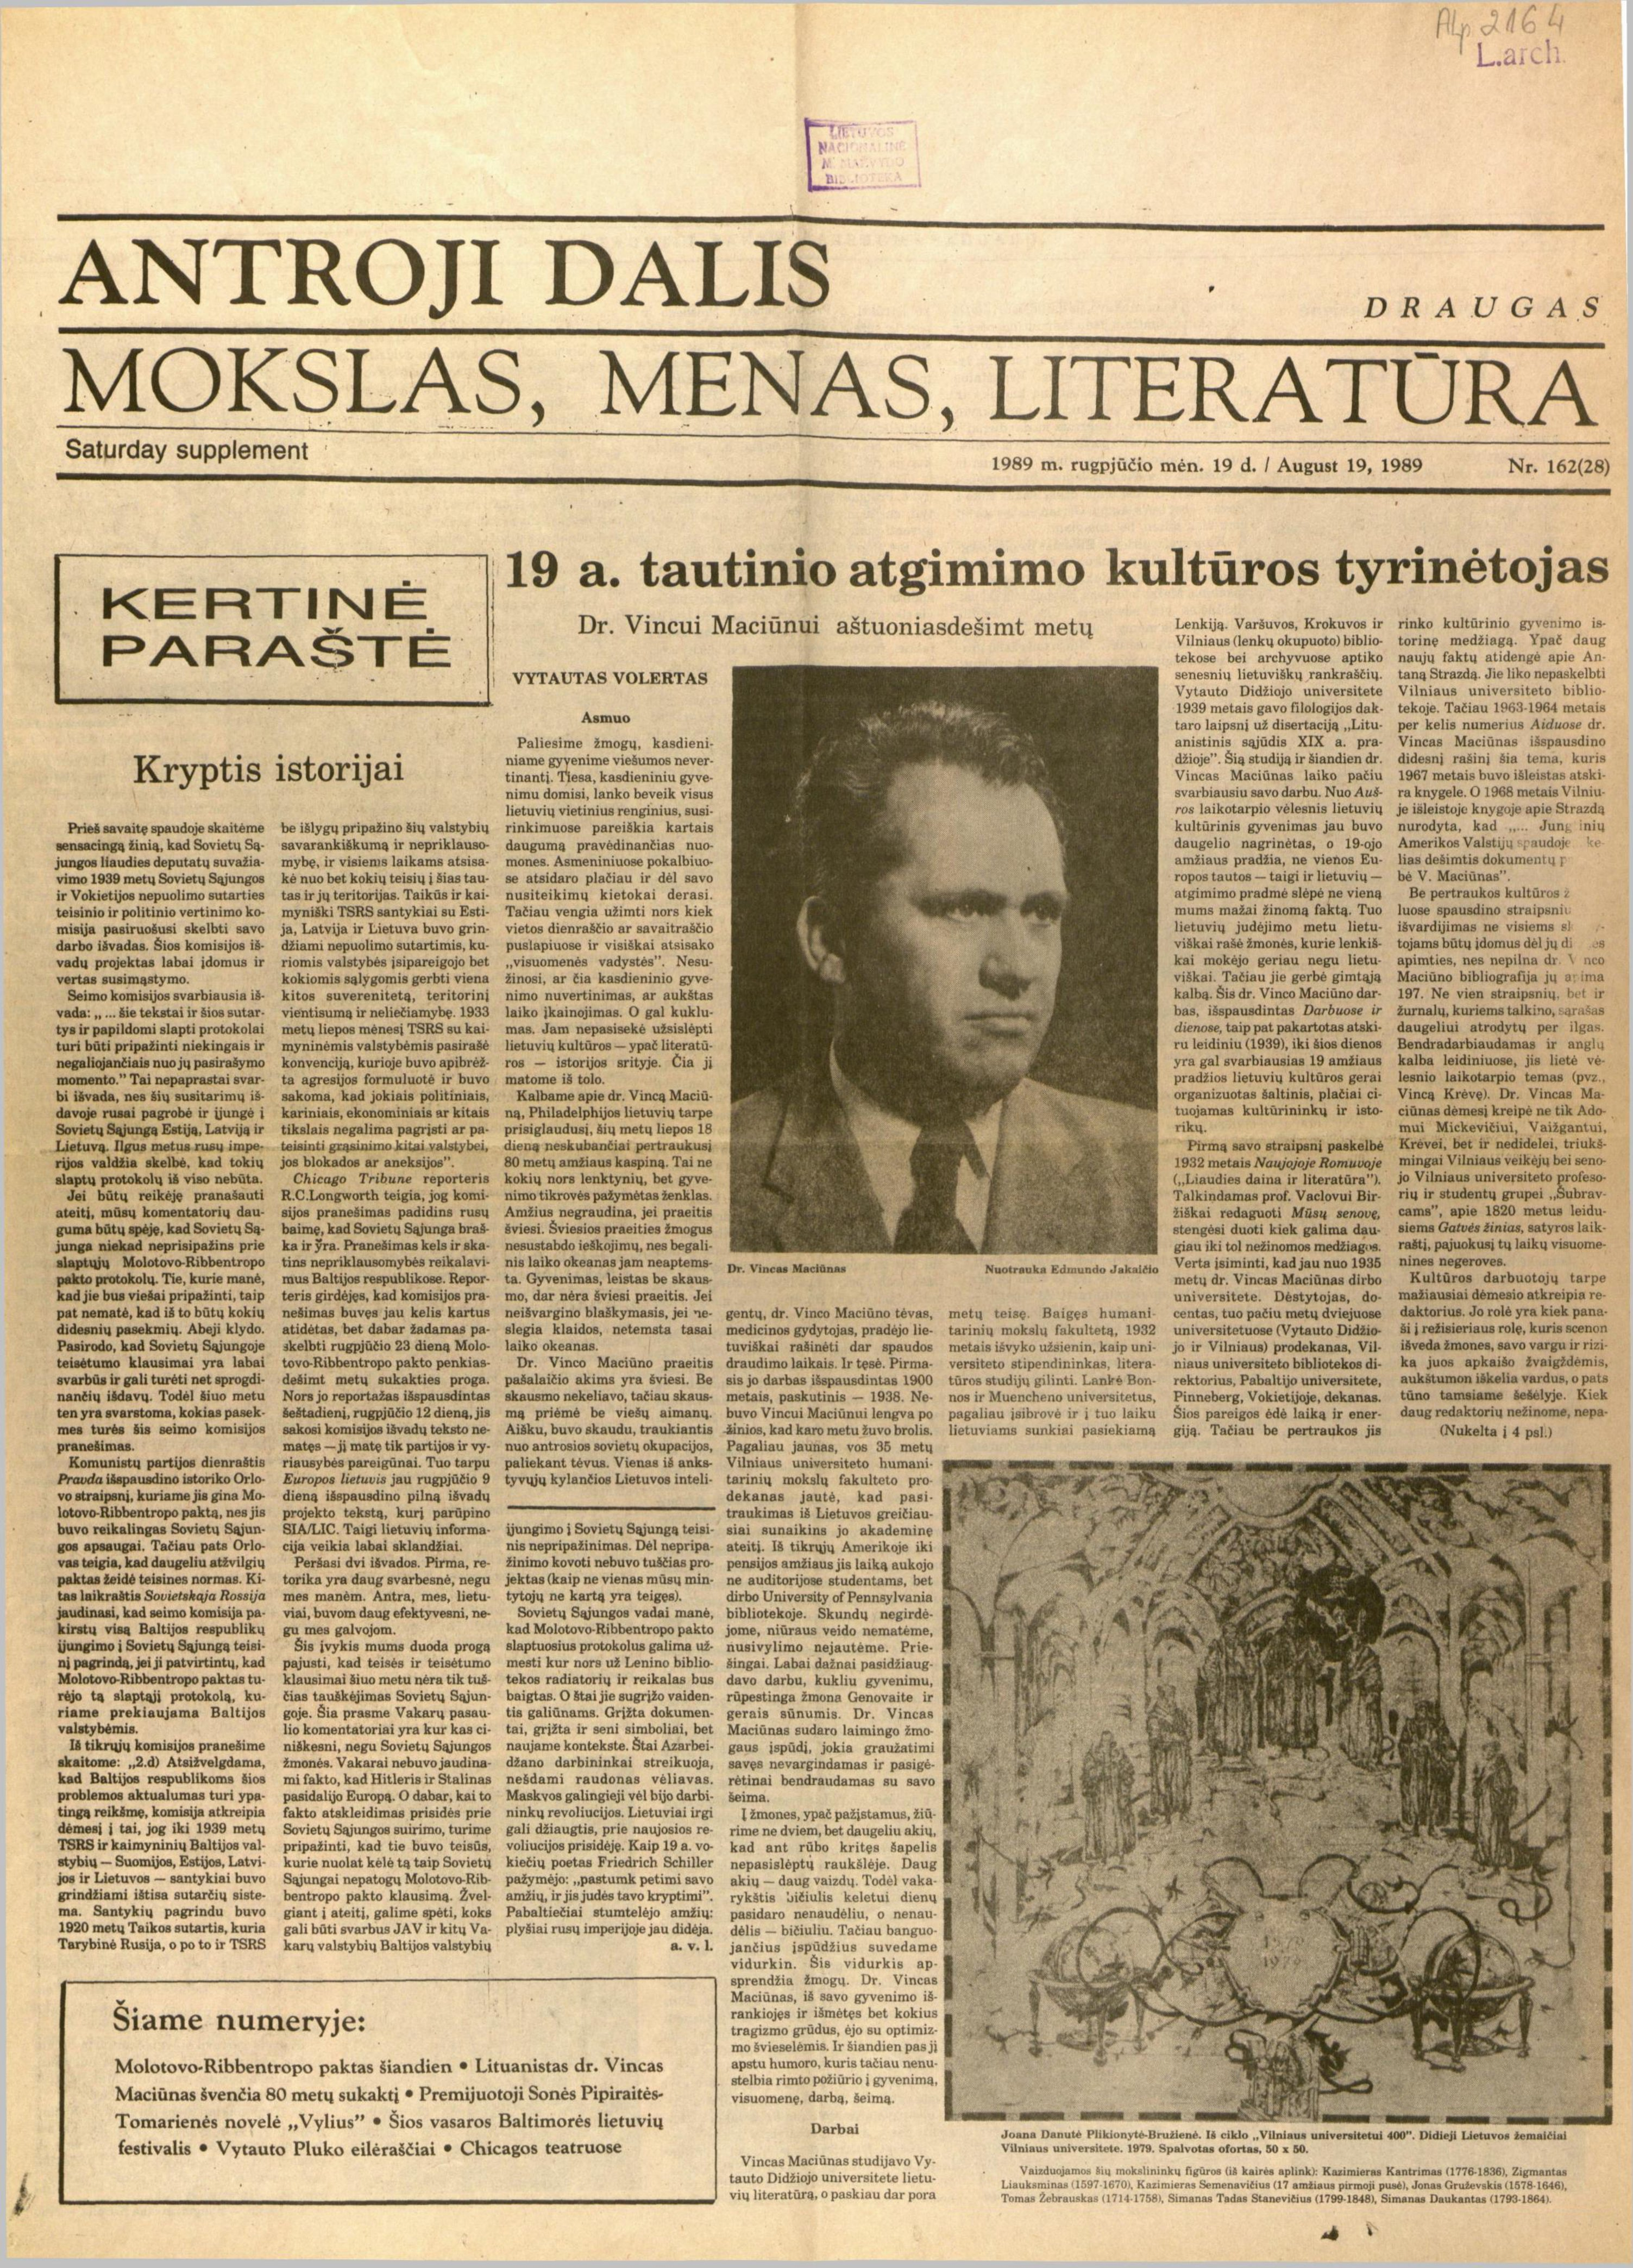
Language: lt